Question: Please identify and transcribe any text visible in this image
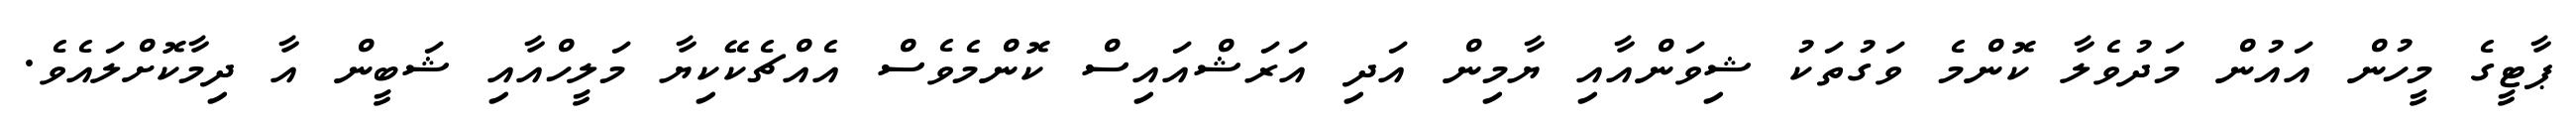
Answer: ޕާޓީގެ މީހުން އައުން މަދުވެލާ ކޮންމެ ވަގުތަކު ޝިވަންއާއި ޔާމިން އަދި އަރަޝްއައިސް ކޮންމެވެސް އެއްޗެކޭކިޔާ މަލީހްއާއި ޝަބީން އާ ދިމާކޮށްލައެވެ.